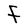
Character: F